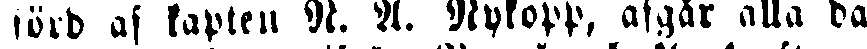
förd af kapten N. A. Nykopp, afgår alla da